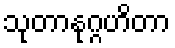
သုတာနုဂ္ဂဟိတာ